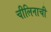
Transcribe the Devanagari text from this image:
चीलिनाची